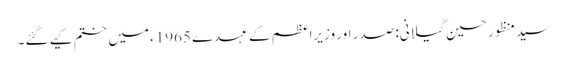
سید منظور حسین گیلانی: صدر اور وزیراعظم کے عہدے 1965ء میں ختم کیے گئے۔